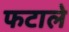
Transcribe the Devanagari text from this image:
फटाले